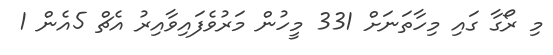
މި ރޯގާ ގައި މިހާތަނަށް 331 މީހުން މަރުވެފައިވާއިރު އެޗް 5އެން 1